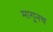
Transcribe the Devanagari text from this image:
मागूनच